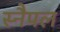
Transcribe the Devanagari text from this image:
स्नैपल